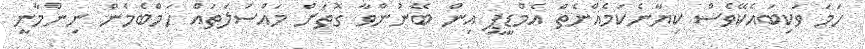
ހަމަ ވަކިބައެކޭވެސް ކިޔާނެކަމެއްނެތް އެމްޑީޕީ އިން ބޭނުންވާ ގޮތަށް މައްސަލަތައް ހަމްބެމެން ނިންމާނީ